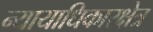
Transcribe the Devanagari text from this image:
न्यायाधिकारक्षेत्र